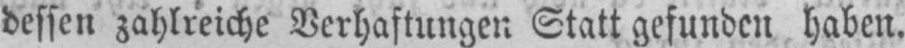
dessen zahlreiche Verhaftungen Statt gefunden haben.